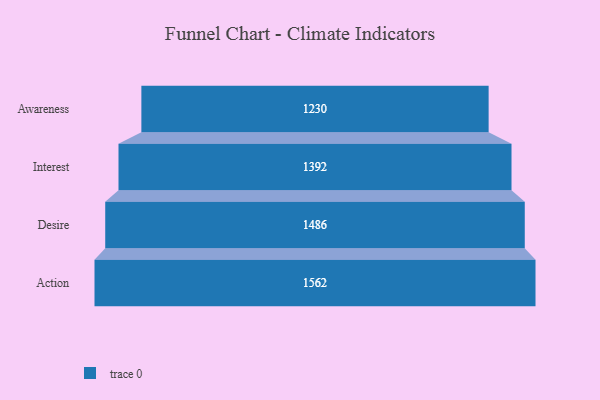
{"axis": {"x": "Stage", "y": "Value"}, "legend": [""], "data": [{"x": "Awareness", "y": 1230.0, "type": ""}, {"x": "Interest", "y": 1392.0, "type": ""}, {"x": "Desire", "y": 1486.0, "type": ""}, {"x": "Action", "y": 1562.0, "type": ""}]}